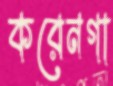
করেনগা